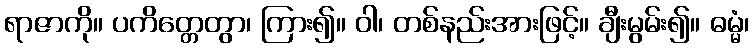
ရာဇာကို။ ပကိတ္တေတွာ၊ ကြား၍။ ဝါ၊ တစ်နည်းအားဖြင့်။ ချီးမွမ်း၍။ ဓမ္မံ၊